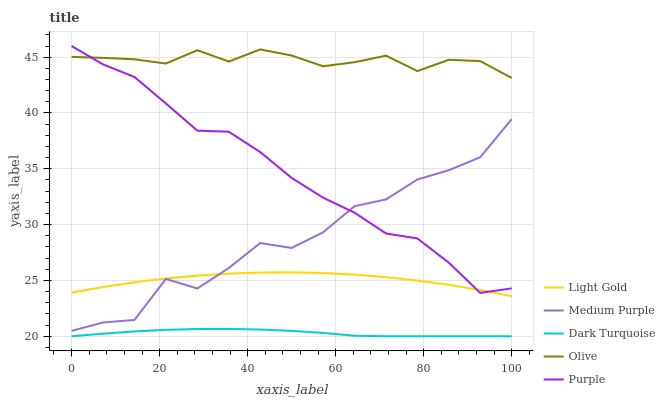
| xaxis_label | Light Gold | Medium Purple | Dark Turquoise | Olive | Purple |
 | --- | --- | --- | --- | --- | --- |
 | 0 | 23.9 | 20.5 | 20 | 45 | 46 |
 | 7.14 | 24.4 | 21.2 | 20.2 | 44.9 | 44.4 |
 | 14.3 | 24.8 | 21.5 | 20.4 | 44.8 | 43.2 |
 | 21.4 | 25.2 | 25.1 | 20.6 | 44.4 | 40.9 |
 | 28.6 | 25.4 | 24.3 | 20.6 | 45.6 | 38.4 |
 | 35.7 | 25.6 | 26.1 | 20.7 | 44.6 | 38.3 |
 | 42.9 | 25.7 | 28.3 | 20.6 | 45.7 | 36.5 |
 | 50 | 25.7 | 27.9 | 20.5 | 45.1 | 34.2 |
 | 57.1 | 25.7 | 29.3 | 20.3 | 44.2 | 32.4 |
 | 64.3 | 25.5 | 31.6 | 20 | 44.5 | 31.1 |
 | 71.4 | 25.3 | 32.3 | 20 | 45.1 | 29.2 |
 | 78.6 | 25 | 34 | 20 | 43.8 | 28.8 |
 | 85.7 | 24.6 | 34.9 | 20 | 44.8 | 26.6 |
 | 92.9 | 24.1 | 36 | 20 | 44.6 | 23.9 |
 | 100 | 23.6 | 39.4 | 20 | 43.1 | 24.3 |